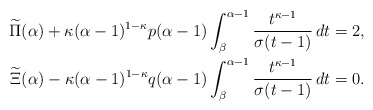
\begin{align*}\begin{aligned}\widetilde{\Pi}(\alpha)+\kappa(\alpha-1)^{1-\kappa}p(\alpha-1)\int_{\beta}^{\alpha-1}\frac{t^{\kappa-1}}{\sigma(t-1)}\,dt&=2,\\\widetilde{\Xi}(\alpha)-\kappa(\alpha-1)^{1-\kappa}q(\alpha-1)\int_{\beta}^{\alpha-1}\frac{t^{\kappa-1}}{\sigma(t-1)}\,dt&=0.\end{aligned}\end{align*}